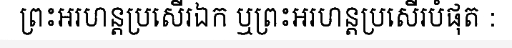
ព្រះអរហន្តប្រសើរឯក ឬព្រះអរហន្តប្រសើរបំផុត :